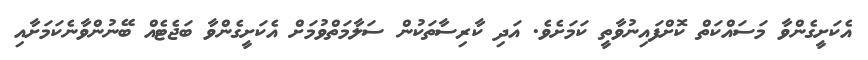
އެކަށީގެންވާ މަސައްކަތް ކޮށްފައިނުވާތީ ކަމަށެވެ. އަދި ކާރިސާތަކުން ސަލާމަތްވުމަށް އެކަށީގެންވާ ބަޖެޓެއް ބޭނުންވާނެކަމަށާއި